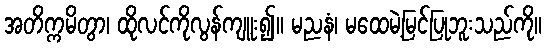
အတိက္ကမိတွာ၊ ထိုလင်ကိုလွန်ကျူး၍။ မညနံ၊ မထေမဲ့မြင်ပြုဘူးသည်ကို။